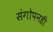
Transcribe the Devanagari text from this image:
संगोपनही